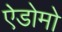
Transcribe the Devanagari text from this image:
ऐडोमो